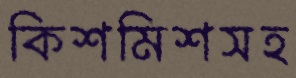
কিশমিশসহ